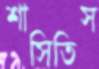
শাসিতিস